Report of the King Institute of Preventive Medicine, Guindy
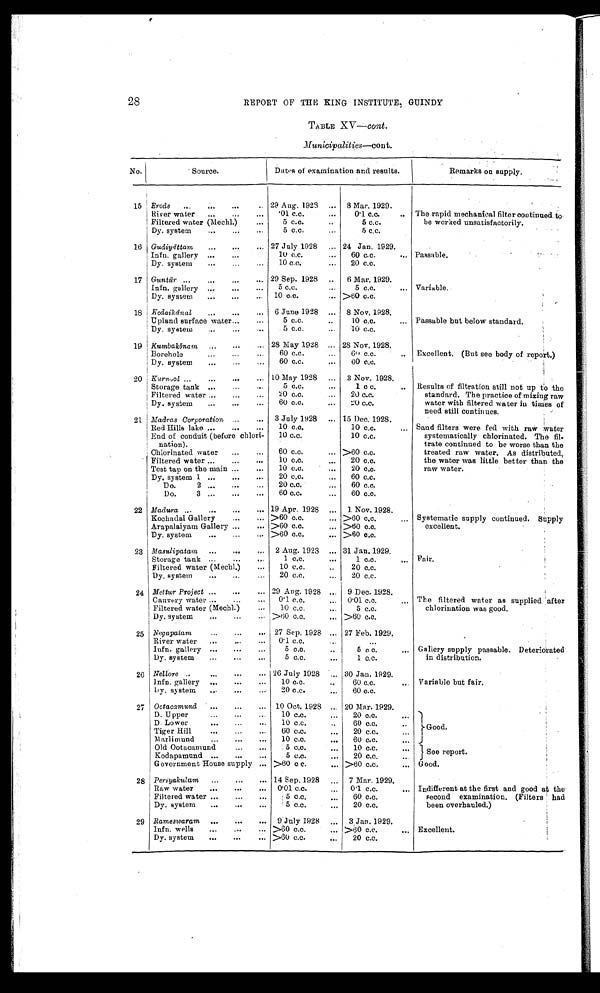
28
REPORT OF THE KING INSTITUTE, GUINDY
TABLE XV— cont .
Municipalities—cont.
No.
S o u r c e .
Dates of examination and results.
Remarks on supply.
15 Erode
...
...
...
.. 29 Aug. 1928 ... 8 Mar. 1929.
River water
...
...
...
01 c.c.
...
0.1 c.c.
. . The rapid mechanical filter continued to
be worked unsatisfactorily.
Filtered water (Mechl.)
...
5 c. c.
..
5 c. c.
Dy. system
...
...
...
5 c.c.
...
5 c.c.
16 Gudiy āttam
...
...
... 27 July 1928
... 24 Jan. 1929.
Infn. gallery ...
...
10 c.c.
...
60 c.c.
... Passable.
Dy. system
...
...
10 c.c.
...
20 c.c.
17 Guntūr ...
...
...
... 29 Sep. 1928 ...
6 Mar. 1929.
Infn. gallery ...
...
...
5 c.c.
...
5 c.c.
_ Variable.
Dy. system
...
...
10 c.c.
... >60 c.c.
18 Kodaikānal
...
...
...
6 June 1928 ... 8 Nov. 1928.
Upland surface water...
...
5 c.c.
..
10 c.c.
... Passable but below standard.
Dy. system
...
...
...
5 c.c.
10 c.c.
19 Kumbak ō nam
...
...
... 28 May 1928 ... 28 Nov. 1928.
Borehole
...
...
...
60 c.c.
...
60 c.c.
..
Excellent. (But see body of report.)
D y. system
...
...
...
60 c.c.
...
60 c.c.
2 0 Kurnool ...
...
...
... 10 May 1928 ...
3 Nov. 1928.
Storage tank ...
...
5 c.c.
...
1 c . c .
.. Results of filtration still not up to the
standard. The practice of mixing raw
water with filtered water in times of
need still continues.
Filtered water ...
...
...
20 c.c.
...
20 c.c.
Dy. system
..
...
...
60 c.c.
...
2 0 c . c .
21 Madras Corporation ...
...
3 July 1928
... 15 Dec. 1928.
Red Hills lake ...
...
...
10 c.c.
10 c.c.
... Sand filters were fed with raw water
systematically chlorinated. The fil-
trate continued to be worse than the
treated raw water. As distributed,
the water was little better than the
raw water.
End of conduit ( before chlori-
10 c.c.
10 c.c.
nation).
Chlorinated water
...
...
60 c.c.
... >60 c.c.
Filtered water ...
...
...
10 c.c.
...
20 c.c.
Test tap on the main ...
...
10 c.c.
...
20 c.c.
Dy. system 1 ...
...
...
20 c.c.
60 c.c.
Do. 2 . . . . . . . .
20 c.c.
...
60 c.c.
Do.
3 ...
...
...
60 c.c.
...
60 c.c.
22 Madura ...
...
...
... 19 Apr. 1928 ... 1 Nov. 1928.
Kochadai Gallery
...
... >60 c.c.
... >60 c.c.
... Systematic supply continued. Supply
excellent.
Arapalaiyam Gallery ...
... >60 c.c.
... >60 c.c.
Dy. system
...
...
... >60 c.c.
... >60 c.c.
23 Masulipatam. ... ...
2 Aug. 1923 ... 31 Jan. 1929.
Storage tank ...
...
1 c.c.
...
1 c.c
. . . Fair.
Filtered water (Mechl.)
...
10 c.c.
...
20 c.c.
Dy. system
...
...
20 c.c.
...
20 c.c.
24 Mettur Project ...
...
... 29 Aug. 1928 ...
9 Dec. 1928.
Cauvery water ...
...
0.1 c.c.
0.01 c.c.
. . . The filtered water as supplied after
chlorination was good.
Filtered water (Mechl.)
...
10 c.c.
...
5 c.c.
Dy. system
...
...
... >60 c.c.
... >60 c.c.
25 Neg apatam
...
...
... 27 Sep. 1928 ... 27 Feb. 1929.
River water
...
...
0.1 c.c.
...
...
Infn. gallery ...
...
...
5 c.c.
5 c.c.
. . . Galiery su pply passable. Deteriorated
in distribution.
Dy. system
...
...
...
5 c . c .
...
1 c.c.
26 Nellore ..
...
...
.. 26 July 1928 ... 30 Jan. 1929.
Infn. gallery ...
...
...
10 c.c.
...
60 c.c.
. . . Variable but fair.
Dy. system
...
...
...
20 c.c.
...
60 c.c.
27 Ootacamund . ...
...
... 10 Oct. 1928 ... 20 Mar. 1929.
D. Upper
... ... ...
10 c.c.
...
20 c.c.
...
D. Lower
...
...
10 c . c .
60 c.c.
Good.
Tiger Hill
...
...
60 c.c.
20 c.c.
...
Marlimund
...
...
...
10 c.c.
...
60 c.c.
...
Old Ootacamund
...
...
5 c.c.
...
10 c.c.
See report.
Kotapamund ...
...
...
5 c.c.
...
20 c.c.
Government House supply ... >60 c.c.
. . . >60 c.c.
. . . Good.
28 Periyakulam
...
...
... 14 Sep. 1928
...
7 Mar. 1929.
Raw water
...
...
...
0.01 c.c.
...
0.1 c.c.
. . . Indifferent at the first and good at the
second examination. (Filters had
been overhauled.)
Filtered water ...
...
...
5 c . c .
...
60 c.c.
Dy. system
...
...
...
5 c.c.
...
20 c.c.
29 Rameswaram ...
...
... 9 July 1928
3 Jan. 1929.
Infn. wells
...
...
... >60 c.c.
... >60 c.c.
. . . Excellent.
Dy. system ... ... ...
>60 c.c.
. . .
20 c.c.